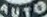
AUTO